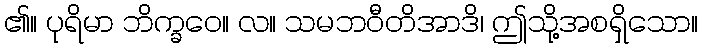
၏။ ပုရိမာ ဘိက္ခဝေ။ လ။ သမဘဝီတိအာဒိ၊ ဤသို့အစရှိသော။